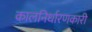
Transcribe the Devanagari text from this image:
कालनिर्धारणकारी